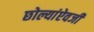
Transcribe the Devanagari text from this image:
छोल्यांऐवजी